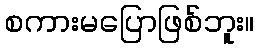
စကားမပြောဖြစ်ဘူး။